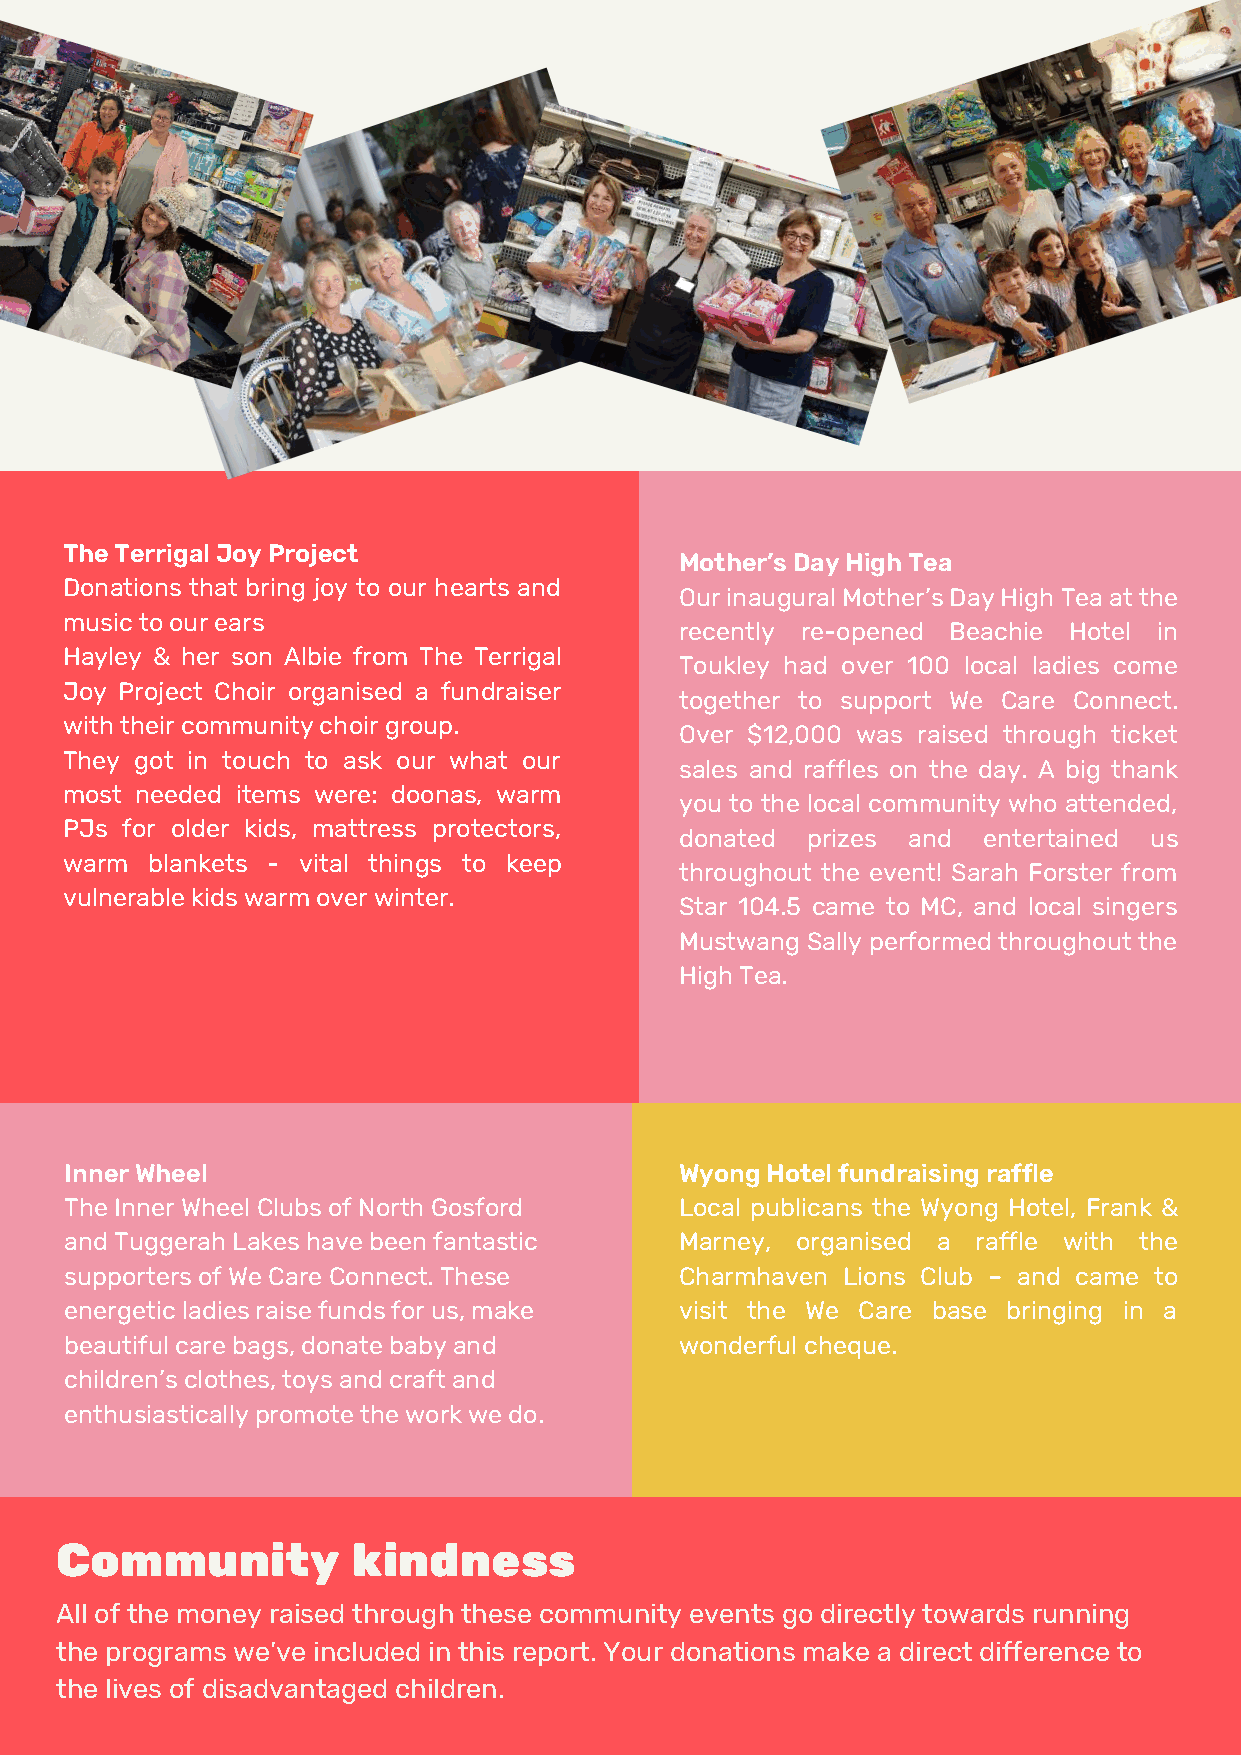
The Terrigal Joy Project
 Mother’s Day High Tea
 Donations that bring joy to our hearts and
 Our inaugural Mother’s Day High Tea at the
 music to our ears
 recently re-opened Beachie Hotel in
 Hayley & her son Albie from The Terrigal
 Toukley had over 100 local ladies come
 Joy Project Choir organised a fundraiser
 together to support We Care Connect.
 with their community choir group.
 Over $12,000 was raised through ticket
 They got in touch to ask our what our
 sales and raffles on the day. A big thank
 most needed items were: doonas, warm
 you to the local community who attended,
 PJs for older kids, mattress protectors,
 donated prizes and  entertained us
 warm  blankets - vital things to keep
 throughout the event! Sarah Forster from
 vulnerable kids warm over winter.
 Star 104.5 came to MC, and local singers
 Mustwang Sally performed throughout the
 High Tea.
 Inner Wheel                              Wyong Hotel fundraising raffle
 The Inner Wheel Clubs of North Gosford   Local publicans the Wyong Hotel, Frank &
 and Tuggerah Lakes have been fantastic   Marney, organised a raffle with the
 supporters of We Care Connect. These     Charmhaven Lions Club – and came to
 energetic ladies raise funds for us, make visit the We Care base bringing in a
 beautiful care bags, donate baby and     wonderful cheque.
 children’s clothes, toys and craft and
 enthusiastically promote the work we do.
 Community          kindness
 All of the money raised through these community events go directly towards running
 the programs we’ve included in this report. Your donations make a direct difference to
 the lives of disadvantaged children.